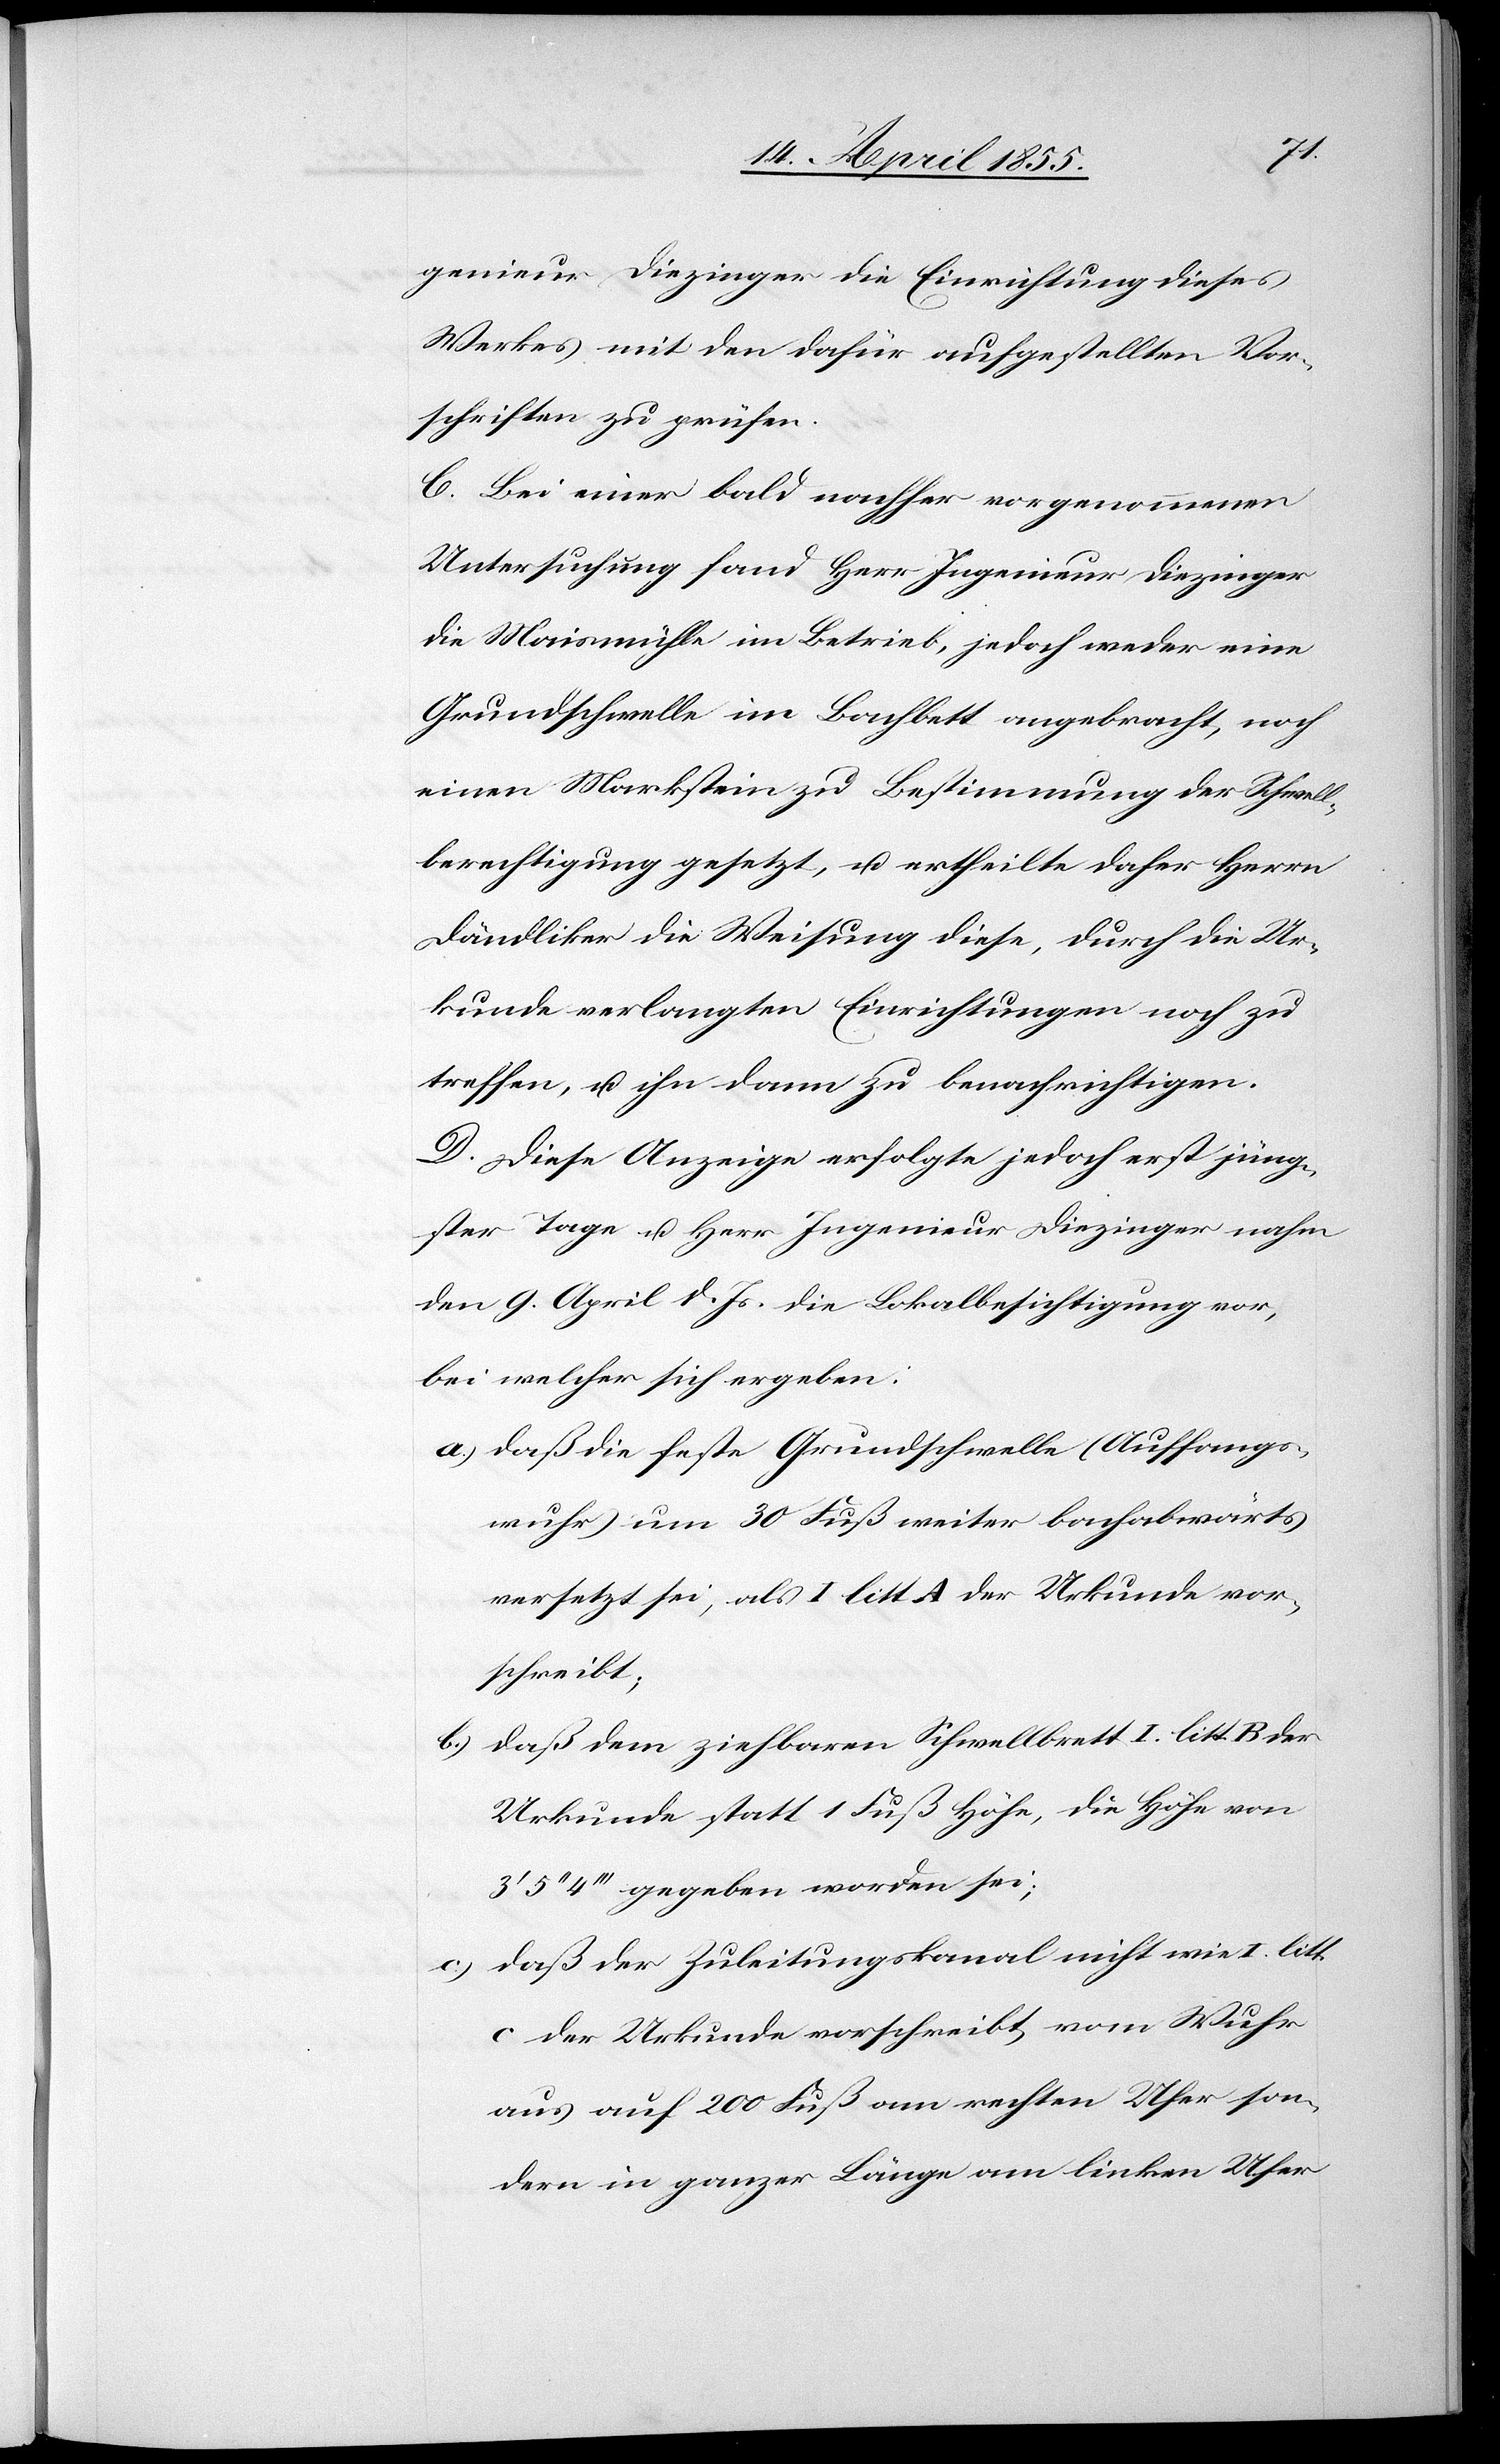
genieur Diezinger die Einrichtung dieses
Werkes mit den dafür aufgestellten Vor¬
schriften zu prüfen.
C. Bei einer bald nachher vorgenommenen
Untersuchung fand Herr Ingenieur Diezinger
die Maismühle im Betrieb, jedoch weder eine
Grundschwelle im Bachbett angebracht, noch
einen Markstein zu Bestimmung der Schwell¬
berechtigung gesetzt, u. ertheilte daher Herrn
Dändliker die Weisung diese, durch die Ur¬
kunde verlangten Einrichtungen noch zu
treffen, u. ihn dann zu benachrichtigen.
D. Diese Anzeige erfolgte jedoch erst jüng¬
ster Tage u. Herr Ingenieur Diezinger nahm
den 9. April d. Js. die Lokalbesichtigung vor,
bei welcher sich ergeben:
daß die feste Grundschwelle (Auffangs¬
wuhr) um 30 Fuß weiter bachabwärts
versetzt sei, als I litt A der Urkunde vor¬
schreibt;
daß dem ziehbaren Schwellbrett I. litt. B der
Urkunde statt 1 Fuß Höhe, die Höhe von
5‘‘ 4‘‘‘ gegeben worden sei;
daß der Zuleitungskanal nicht wie I. litt.
c.)
C der Urkunde vorschreibt, vom Wuhr
aus auf 200 Fuß am rechten Ufer son¬
dern in ganzer Länge am linken Ufer